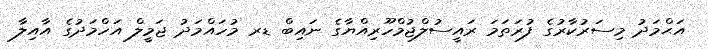
އަޙްމަދު މިސަރުކާރުގެ ފުރަތަމަ ރައީސުލްޖުމްހޫރިއްޔާގެ ނައިބް ޑރ މުހައްމަދު ޖަމީލް އަހްމަދުގެ އާއިލާ